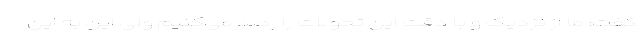
گفت: ما از نزدیک و با دقت این تحولات را رصد می‌کنیم ولی این به این